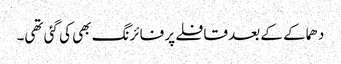
دھماکے کے بعد قافلے پر فائرنگ بھی کی گئی تھی۔